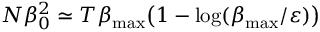
N \beta _ { 0 } ^ { 2 } \simeq T \beta _ { \mathrm { m a x } } \big ( 1 - \log ( \beta _ { \mathrm { m a x } } / \varepsilon ) \big )